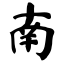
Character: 南